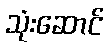
သုံးဆောင်